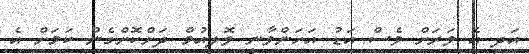
އަދި އެ ވަރަށް ވެސް އަޑު އަހަންވާނީ ވޮލިއުމް ދަށްކޮށްގެން ކަމަށް އެ